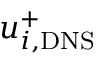
u _ { i , \mathrm { D N S } } ^ { + }